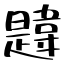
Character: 韙